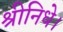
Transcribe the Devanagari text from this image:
श्रीनिधे।